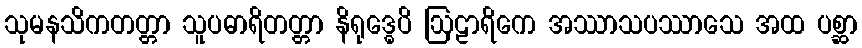
သုမနသိကတတ္တာ သူပဓာရိတတ္တာ နိရုဒ္ဓေပိ ဩဠာရိကေ အဿာသပဿာသေ အထ ပစ္ဆာ